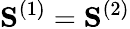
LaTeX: \mathbf{S}^{(1)}=\mathbf{S}^{(2)}